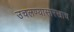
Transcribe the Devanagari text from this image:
उचलण्यासारखाच